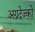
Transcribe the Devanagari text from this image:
अग्रदेज्को